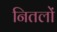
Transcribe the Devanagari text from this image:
नितलों